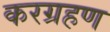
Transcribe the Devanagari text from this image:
करग्रहण